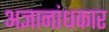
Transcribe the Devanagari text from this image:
अज्ञानांधकार